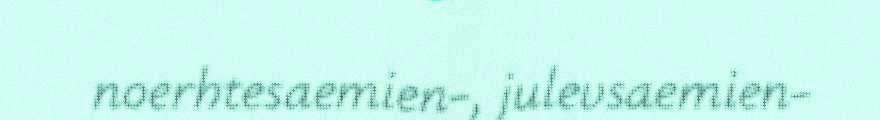
noerhtesaemien-, julevsaemien-